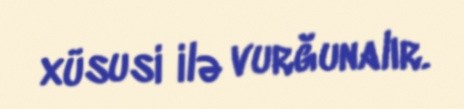
xüsusi ilə vurğunalır.